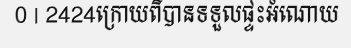
0 | 2424ក្រោយពីបានទទួលផ្ទះអំណោយ